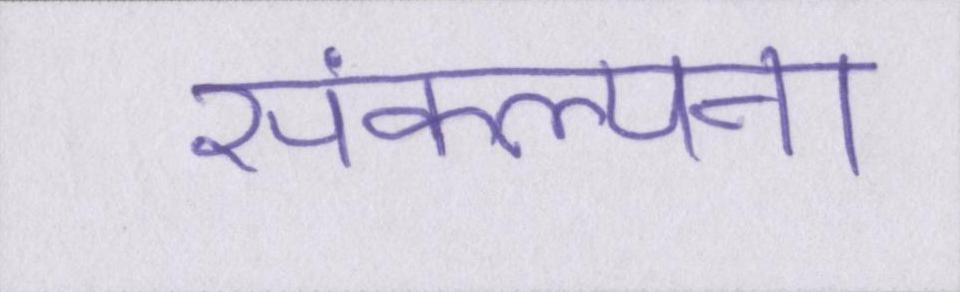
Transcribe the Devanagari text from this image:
संकल्पना